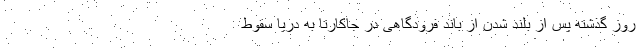
روز گذشته پس از بلند شدن از باند فرودگاهی در جاکارتا به دریا سقوط